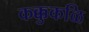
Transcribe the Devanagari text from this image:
कक्कुकळि